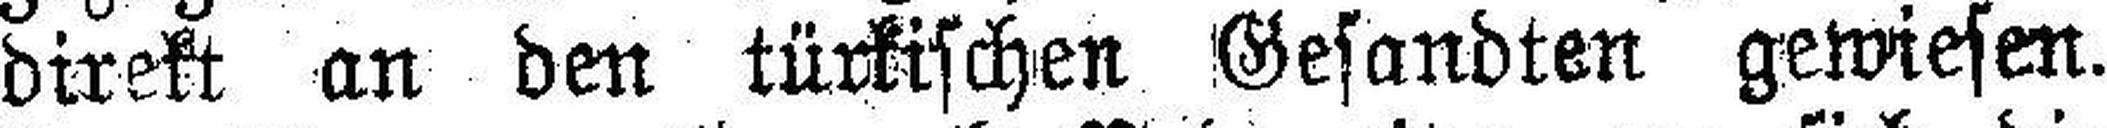
direkt an den türkischen Gesandten gewiesen.